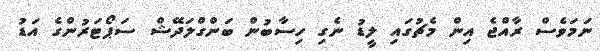
ނަމަވެސް ރާއްޖެ އިން މެޗުގައި ލީޑު ނެގި ހިސާބުން ބަންގްލަދޭޝް ސަޕޯޓަރުންގެ އަޑު